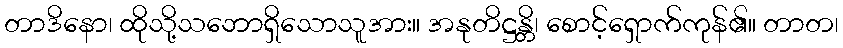
တာဒိနော၊ ထိုသို့သဘောရှိသောသူအား။ အနုတိဋ္ဌန္တိ၊ စောင့်ရှောက်ကုန်၏။ တာတ၊